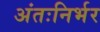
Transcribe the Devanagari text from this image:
अंतःनिर्भर